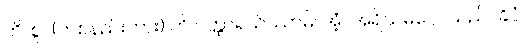
ဟိ၊ စွ။ (တစ်နည်းကား) ဟိ ဝိတ္ထာရယိဿာမိ၊ အံ့။ အရိယမဂ္ဂေါ၊ သည်။ ခိပ္ပံ၊